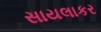
સાયલાકર